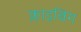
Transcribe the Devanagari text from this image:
क्लाइबिंग